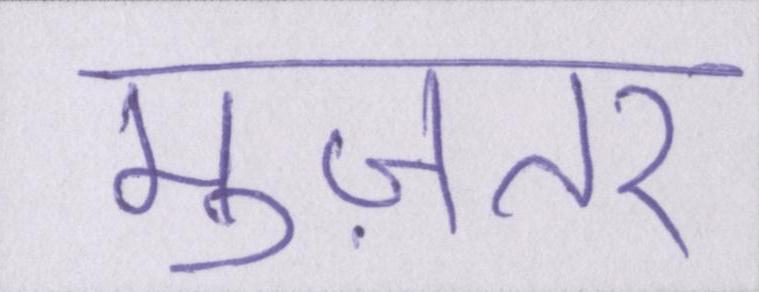
मुज़तर